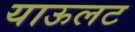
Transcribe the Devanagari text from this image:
याऊलट